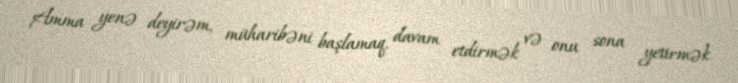
Amma yenə deyirəm, müharibəni başlamaq, davam etdirmək və onu sona yetirmək